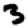
Digit: 3